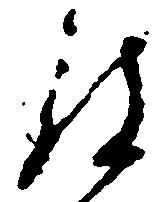
被